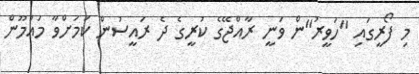
މި ފޯރީގައި "ހަވީރު"ން ވަނީ ރާއްޖޭގެ ކުރީގެ ދެ ރައީސުން ކަމަށްވާ މައުމޫން